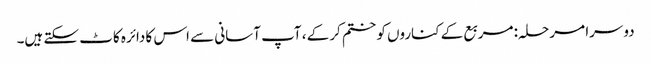
دوسرا مرحلہ: مربع کے کناروں کو ختم کرکے ، آپ آسانی سے اس کا دائرہ کاٹ سکتے ہیں۔